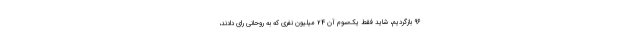
96 بازگردیم، شاید فقط یک‌سوم آن 24 میلیون نفری که به روحانی رای دادند،